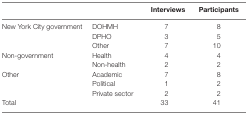
|  |  | Interviews | Participants |
 | --- | --- | --- | --- |
 | <ROWSPAN=3> New York City government | DOHMH | 7 | 8 |
 | DPHO | 3 | 5 |
 | Other | 7 | 10 |
 | <ROWSPAN=2> Non-government | Health | 4 | 4 |
 | Non-health | 2 | 2 |
 | <ROWSPAN=3> Other | Academic | 7 | 8 |
 | Political | 1 | 2 |
 | Private sector | 2 | 2 |
 | Total |  | 33 | 41 |